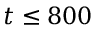
t \le 8 0 0